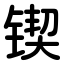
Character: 锲